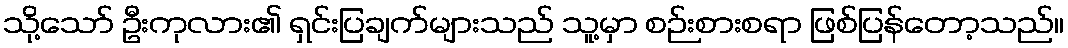
သို့သော် ဦးကုလား၏ ရှင်းပြချက်များသည် သူ့မှာ စဉ်းစားစရာ ဖြစ်ပြန်တော့သည်။